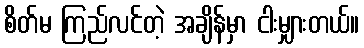
စိတ်မ ကြည်လင်တဲ့ အချိန်မှာ ငါးမျှားတယ်။